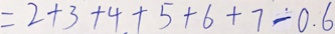
= 2 + 3 + 4 + 5 + 6 + 7 - 0 . 6